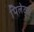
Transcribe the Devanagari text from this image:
पिलेट्स